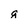
Character: g